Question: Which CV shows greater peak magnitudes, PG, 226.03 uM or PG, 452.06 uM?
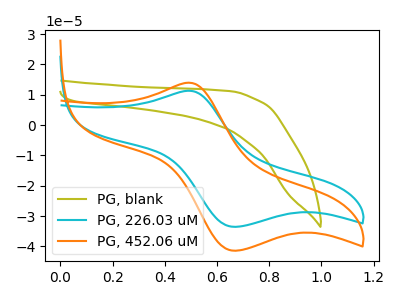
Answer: <think>The olive curve "PG, blank" has no peaks. The cyan curve "PG, 226.03 uM" has an anodic peak at (0.50V, 11.30uA) and a cathodic peak at (0.65V, -33.55uA). The orange curve "PG, 452.06 uM" has an anodic peak at (0.50V, 13.95uA) and a cathodic peak at (0.65V, -41.45uA).</think>
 <answer>Every peak in "PG, 226.03 uM" is lower than every peak in "PG, 452.06 uM".</answer>
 <eval>lower</eval>